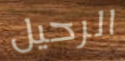
الرحيل